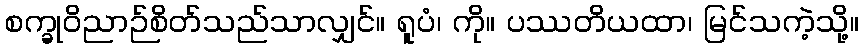
စက္ခုဝိညာဉ်စိတ်သည်သာလျှင်။ ရူပံ၊ ကို။ ပဿတိယထာ၊ မြင်သကဲ့သို့။